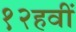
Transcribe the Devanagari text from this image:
१२हवीं